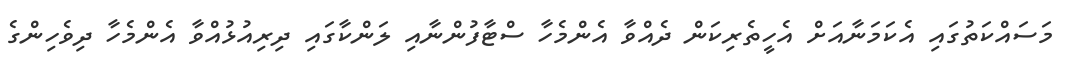
މަސައްކަތުގައި އެކަމަނާއަށް އެހީތެރިކަން ދެއްވާ އެންމެހާ ސްޓާފުންނާއި ލަންކާގައި ދިރިއުޅުއްވާ އެންމެހާ ދިވެހިންގެ